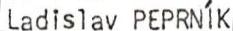
Ladislav PEPRNÍK